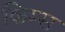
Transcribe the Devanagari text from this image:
किम्स